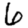
Digit: 6